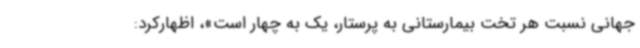
جهانی نسبت هر تخت بیمارستانی به پرستار، یک به چهار است»، اظهارکرد: